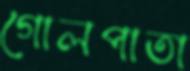
গোলপাতা